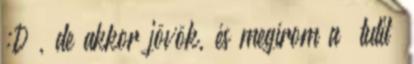
:D , de akkor jövök, és megírom a “tutit”